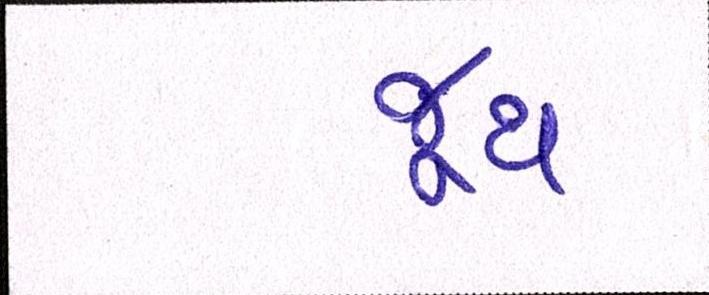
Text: જૂથ